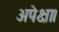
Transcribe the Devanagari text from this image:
अपेक्षा।